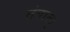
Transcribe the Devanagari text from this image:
तंबाखु